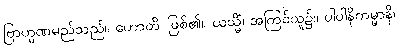
ဗြာဟ္မဏမည်သည်။ ဟောတိ၊ ဖြစ်၏။ ယသ္မိံ၊ အကြင်သူ၌။ ပါပါနိကမ္မာနိ၊